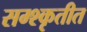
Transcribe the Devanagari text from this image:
सम्श्कृतीत